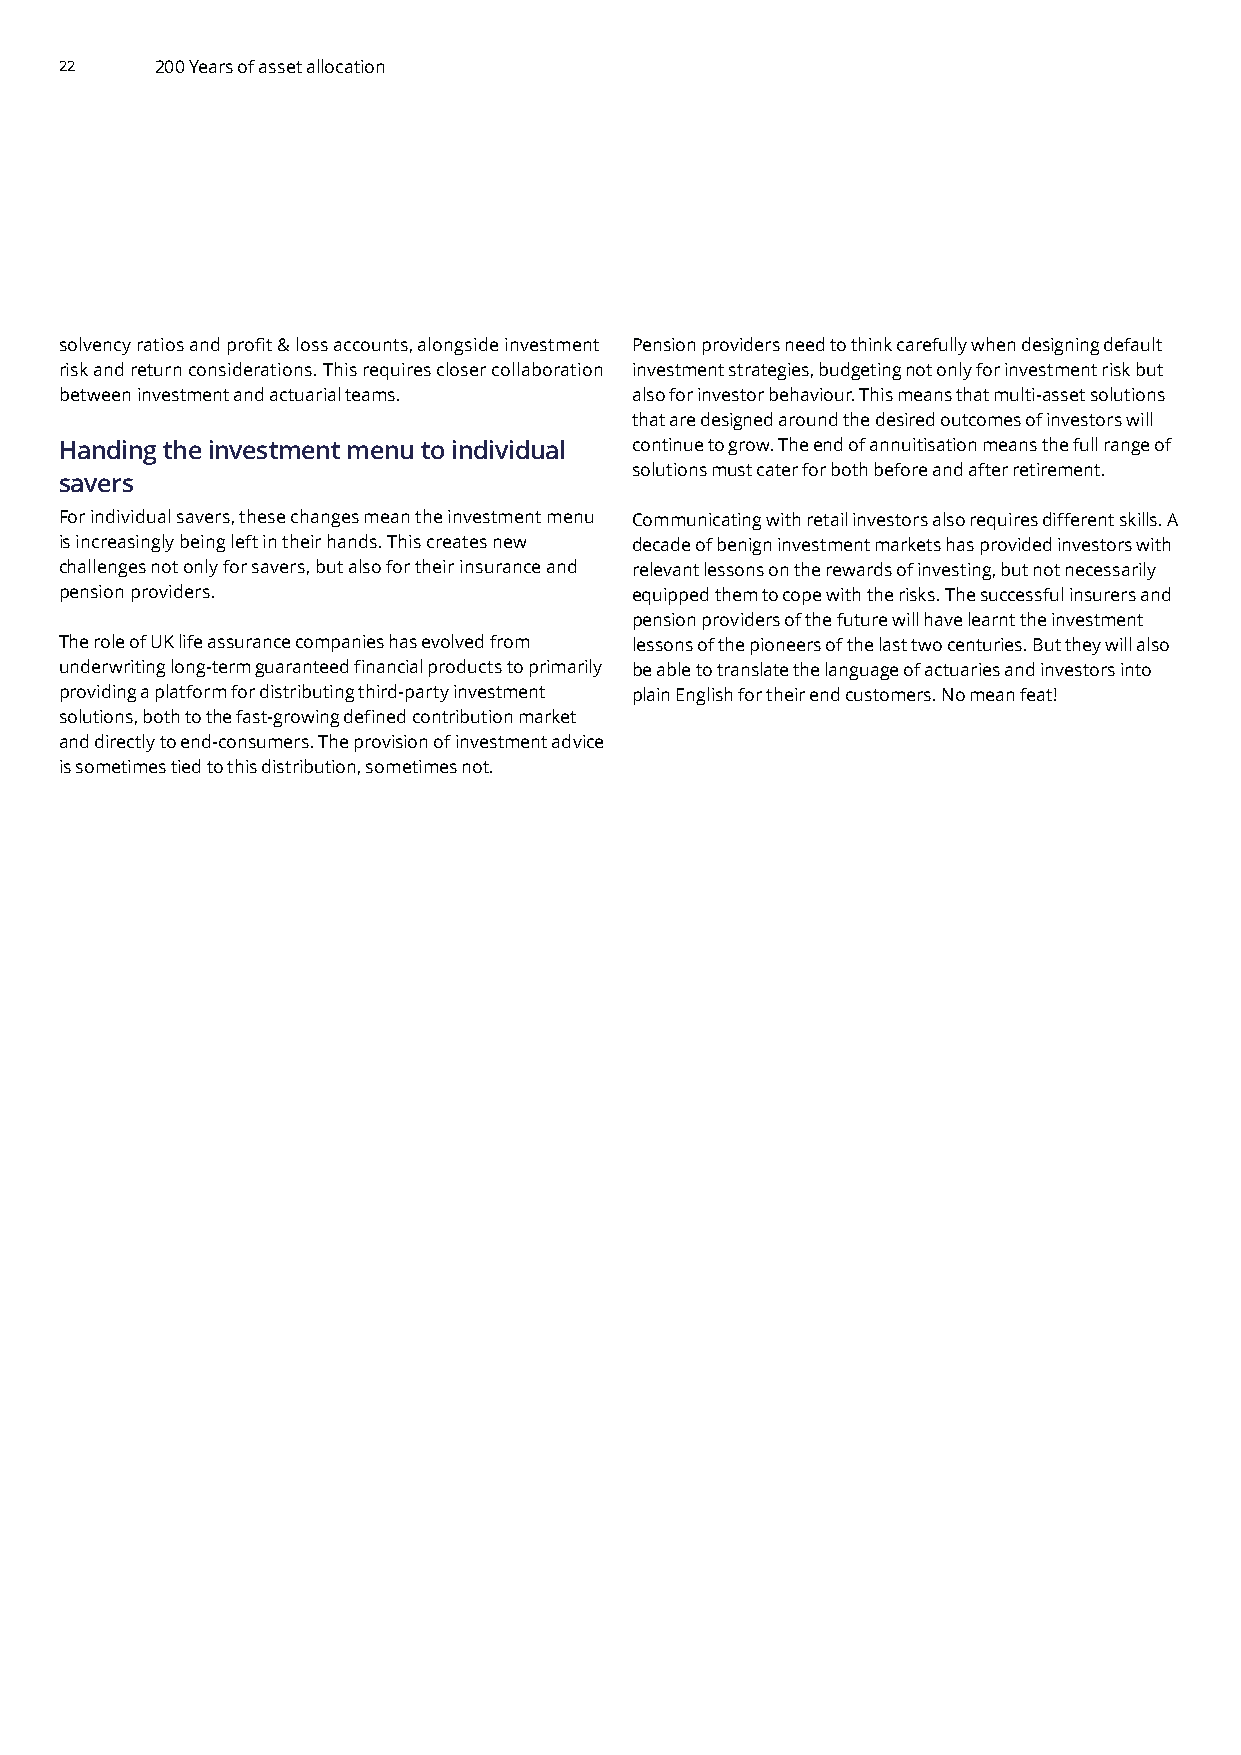
22    200 Years of asset allocation
 solvency ratios and profit & loss accounts, alongside investment Pension providers need to think carefully when designing default
 risk and return considerations. This requires closer collaboration investment strategies, budgeting not only for investment risk but
 between investment and actuarial teams. also for investor behaviour. This means that multi-asset solutions
 that are designed around the desired outcomes of investors will
 Handing the investment menu to individual continue to grow. The end of annuitisation means the full range of
 solutions must cater for both before and after retirement.
 savers
 For individual savers, these changes mean the investment menu Communicating with retail investors also requires different skills. A
 is increasingly being left in their hands. This creates new decade of benign investment markets has provided investors with
 challenges not only for savers, but also for their insurance and relevant lessons on the rewards of investing, but not necessarily
 pension providers.                    equipped them to cope with the risks. The successful insurers and
 pension providers of the future will have learnt the investment
 The role of UK life assurance companies has evolved from lessons of the pioneers of the last two centuries. But they will also
 underwriting long-term guaranteed financial products to primarily be able to translate the language of actuaries and investors into
 providing a platform for distributing third-party investment plain English for their end customers. No mean feat!
 solutions, both to the fast-growing defined contribution market
 and directly to end-consumers. The provision of investment advice
 is sometimes tied to this distribution, sometimes not.